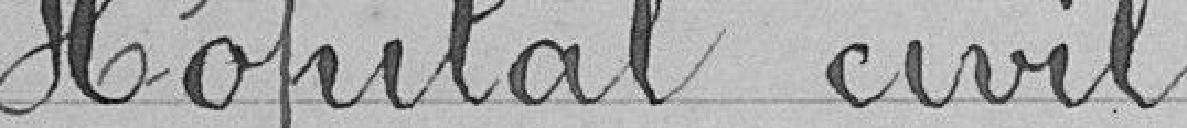
Hôpital Civil